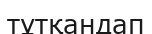
тұтқандап